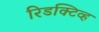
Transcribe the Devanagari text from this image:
रिडक्टिव्ह